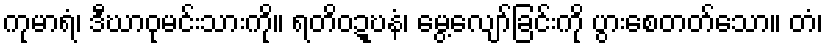
ကုမာရံ၊ ဒီဃာဝုမင်းသားကို။ ရတိဝဍ္ဎနံ၊ မွေ့လျော်ခြင်းကို ပွားစေတတ်သော။ တံ၊